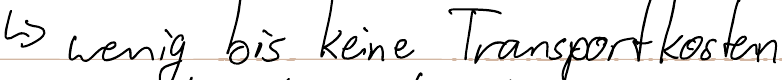
-> wenig bis keine Transportkosten